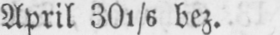
April 301/6 bez.